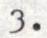
3.